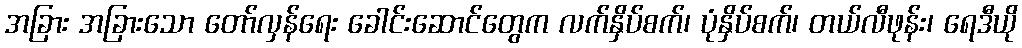
အခြား အခြားသော တော်လှန်ရေး ခေါင်းဆောင်တွေက လက်နှိပ်စက်၊ ပုံနှိပ်စက်၊ တယ်လီဖုန်း၊ ရေဒီယို